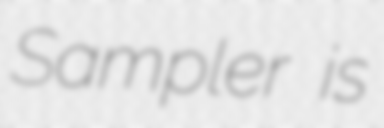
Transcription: Sampler is